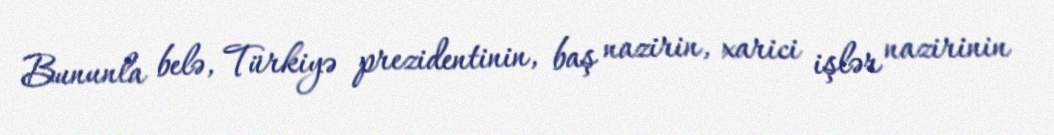
Bununla belə, Türkiyə prezidentinin, baş nazirin, xarici işlər nazirinin